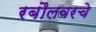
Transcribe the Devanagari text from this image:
रबौलवरचे